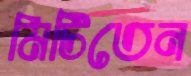
মিটিতেন